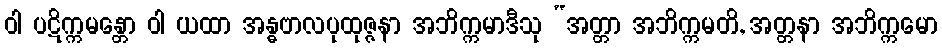
ဝါ ပဋိက္ကမန္တော ဝါ ယထာ အန္ဓဗာလပုထုဇ္ဇနာ အဘိက္ကမာဒီသု “အတ္တာ အဘိက္ကမတိ, အတ္တနာ အဘိက္ကမော